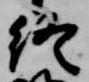
終